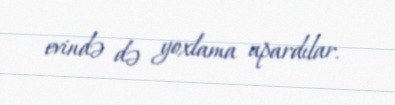
evində də yoxlama apardılar.